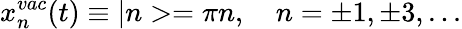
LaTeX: x_{n}^{vac}(t)\equiv|n>=\pi n,\quad n=\pm 1,\pm 3,...